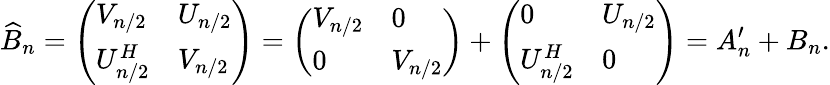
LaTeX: \widehat{B}_{n}=\left(\begin{array}{ll}{V_{n/2}}&{U_{n/2}}\\ {U_{n/2}^{H}}&{V_{n/2}}\end{array}\right)=\left(\begin{array}{ll}{V_{n/2}}&{0}\\ {0}&{V_{n/2}}\end{array}\right)+\left(\begin{array}{ll}{0}&{U_{n/2}}\\ {U_{n/2}^{H}}&{0}\end{array}\right)=A_{n}^{\prime}+B_{n}.